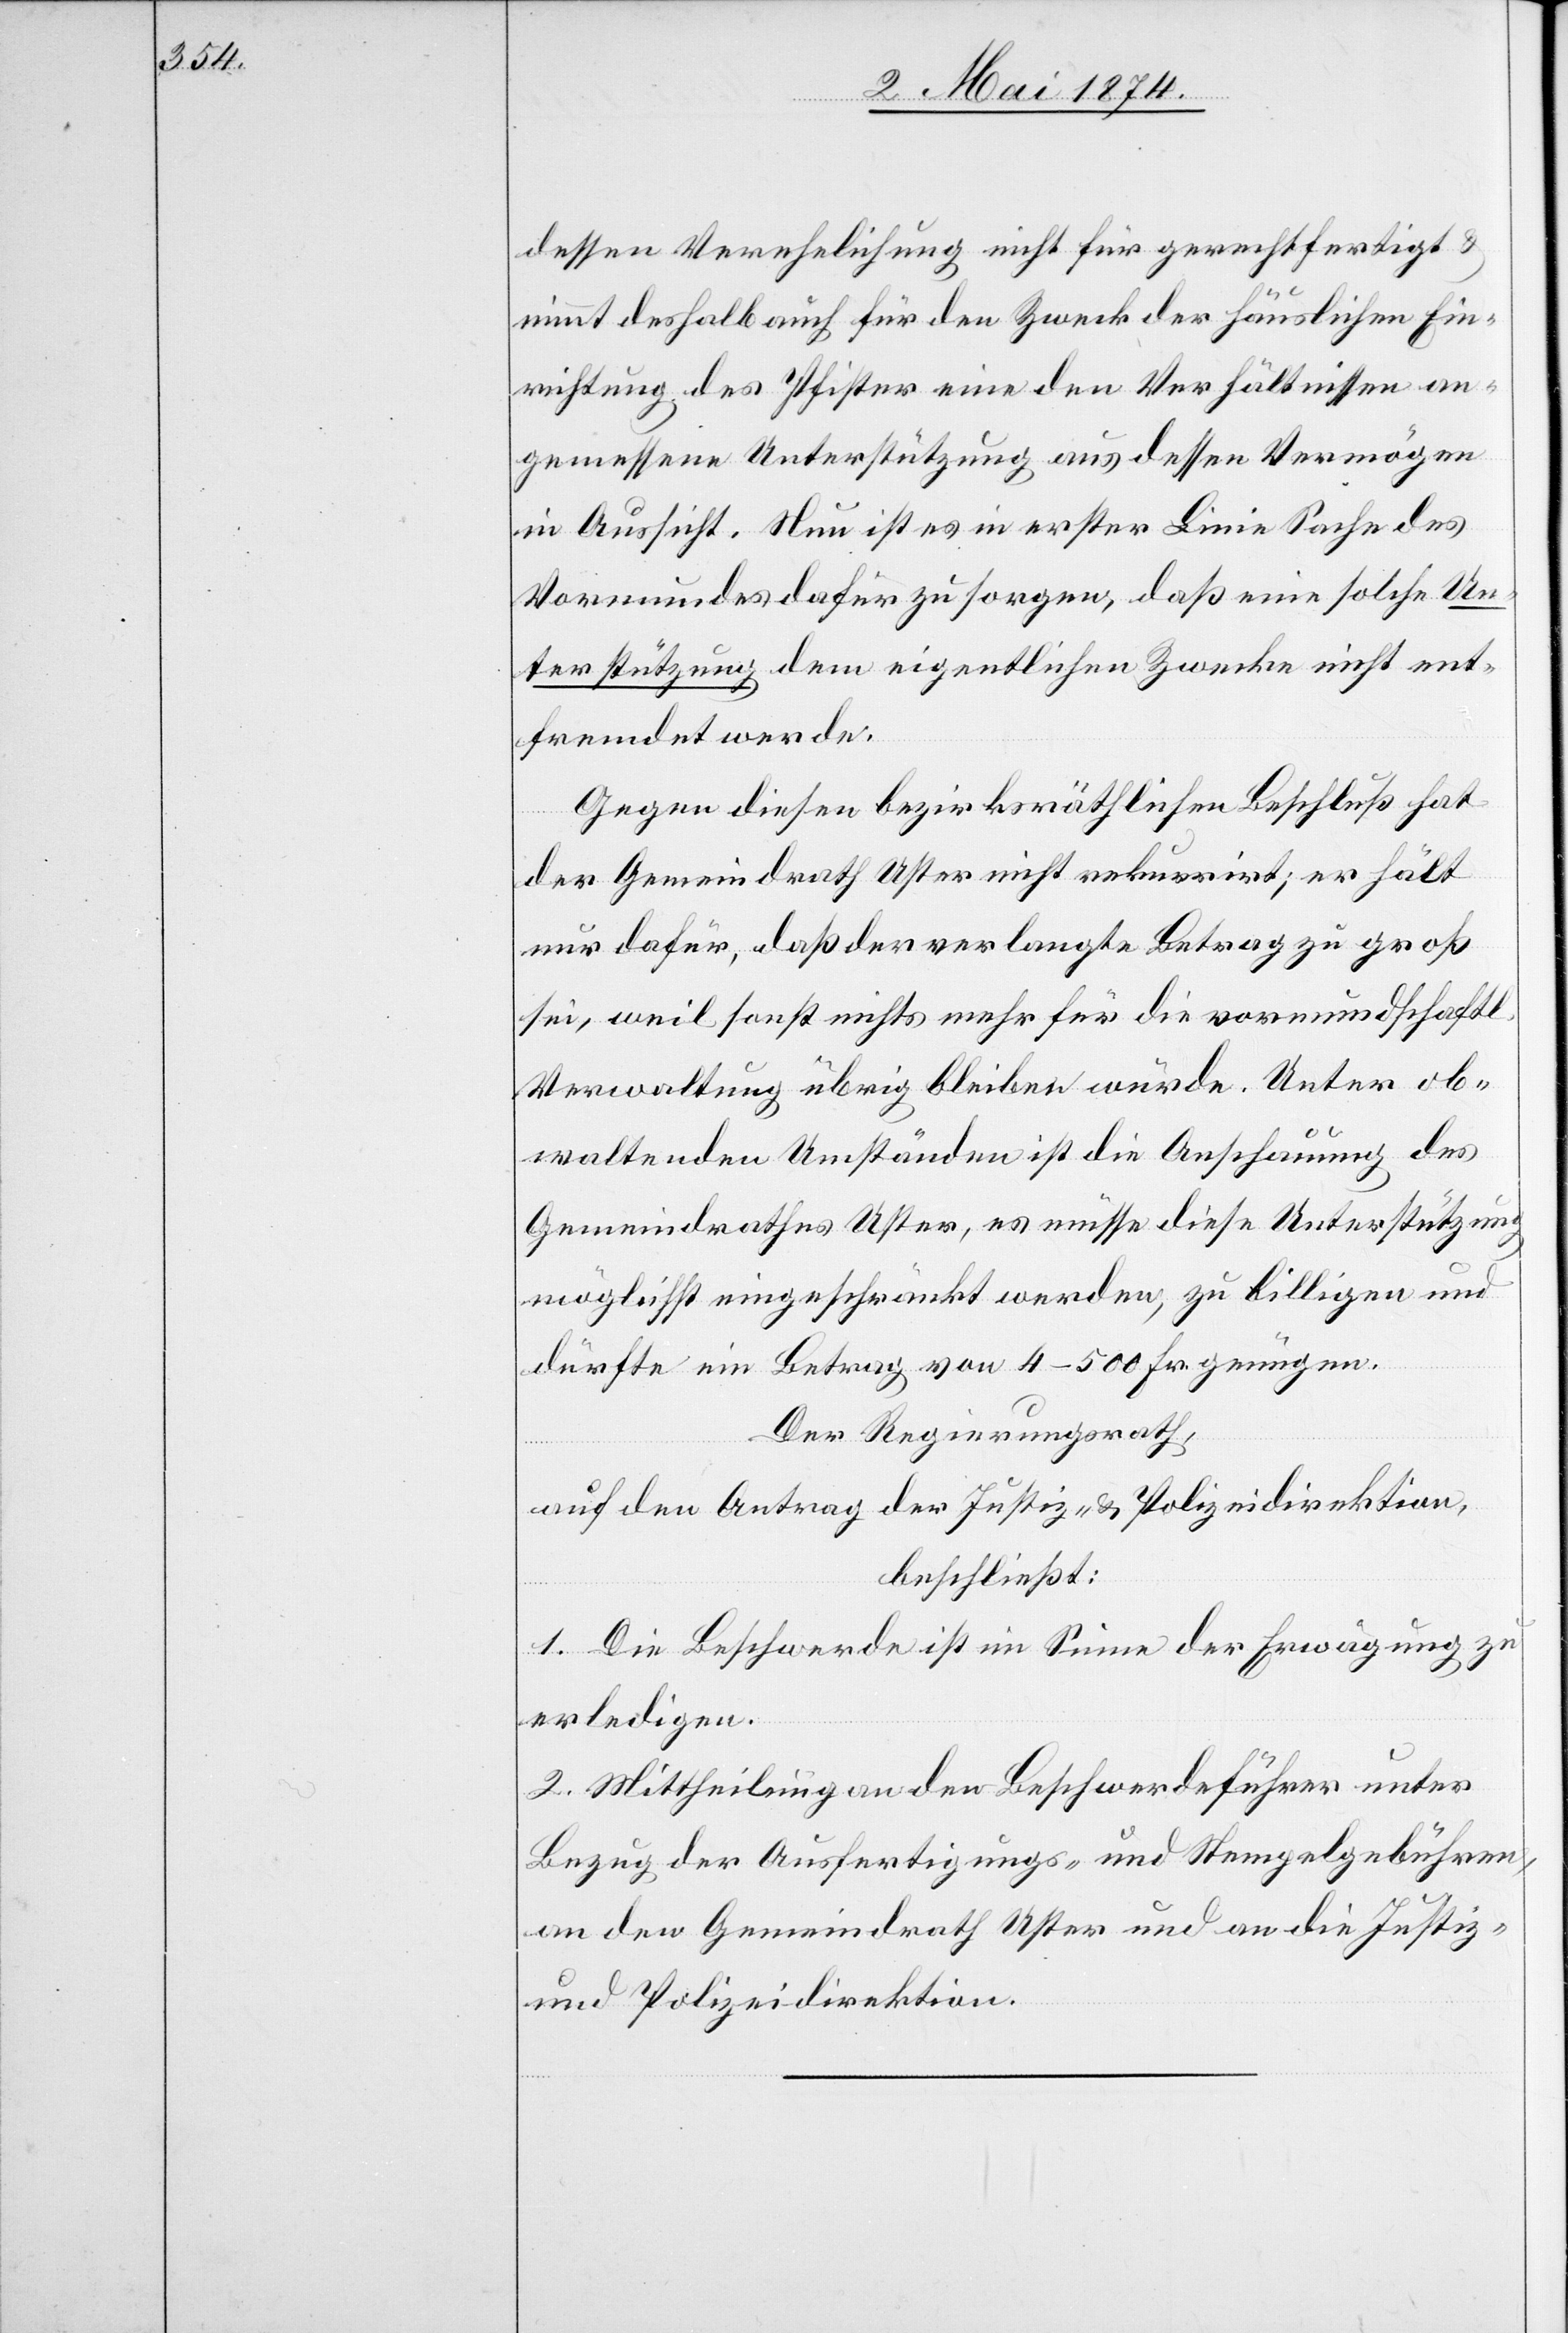
dessen Verehelichung nicht für gerechtfertigt u.
nimmt deshalb auch für den Zweck der häuslichen Ein¬
richtung des Pfister eine den Verhältnissen an¬
gemessene Unterstützung aus dessen Vermögen
in Aussicht. Neu ist es in erster Linie Sache des
Vormundes dafür zu sorgen, daß eine solche Un¬
terstützung dem eigentlichen Zwecke nicht ent¬
fremdet werde.
Gegen diesen bezirksräthlichen Beschluß hat
der Gemeindrath Uster nicht rekurrirt; er hält
nur dafür, daß der verlangte Betrag zu groß
sei, weil sonst nichts mehr für die vormundschaftl.
Verwaltung übrig bleiben würde. Unter ob¬
waltenden Umständen ist die Anschauung des
Gemeindrathes Uster, es müsse diese Unterstützung
möglichst eingeschränkt werden, zu billigen und
dürfte ein Betrag von 4–500 Fr. genügen.
Der Regierungsrath,
auf den Antrag der Justiz- u. Polizeidirektion,
beschließt:
1. Die Beschwerde ist im Sinne der Erwägung zu
erledigen.
2. Mittheilung an den Beschwerdeführer unter
Bezug der Ausfertigungs- und Stempelgebühren,
an den Gemeindrath Uster und an die Justiz-
und Polizeidirektion.